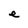
Character: e